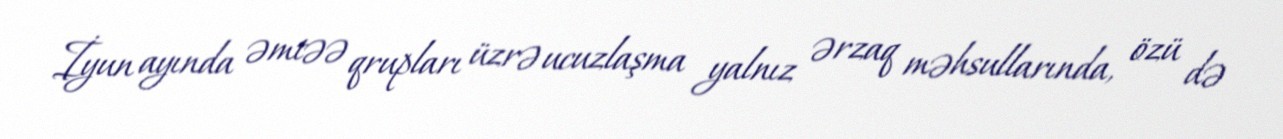
İyun ayında əmtəə qrupları üzrə ucuzlaşma yalnız ərzaq məhsullarında, özü də